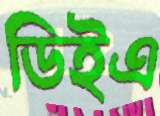
ডিইএ